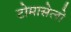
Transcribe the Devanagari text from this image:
टोमासेलो